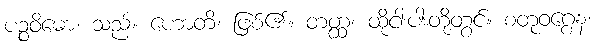
ပဉ္စဝိဓော၊ သည်။ ဟောတိ၊ ဖြစ်၏။ တတ္ထ၊ ထိုငါးပါးတို့တွင်။ စတုဝဂ္ဂေန၊